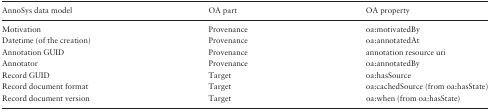
| AnnoSys data model | OA part | OA property |
 | --- | --- | --- |
 | Motivation | Provenance | oa:motivatedBy |
 | Datetime (of the creation) | Provenance | oa:annotatedAt |
 | Annotation GUID | Provenance | annotation resource uri |
 | Annotator | Provenance | oa:annotatedBy |
 | Record GUID | Target | oa:hasSource |
 | Record document format | Target | oa:cachedSource (from oa:hasState) |
 | Record document version | Target | oa:when (from oa:hasState) |